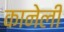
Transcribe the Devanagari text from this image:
कानेली